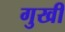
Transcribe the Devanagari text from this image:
गुखी